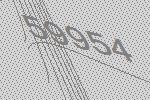
59954